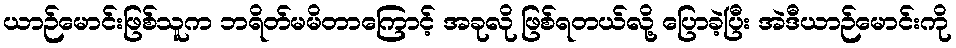
ယာဉ်မောင်းဖြစ်သူက ဘရိတ်မမိတာကြောင့် အခုလို ဖြစ်ရတယ်လို့ ပြောခဲ့ပြီး အဲဒီယာဉ်မောင်းကို